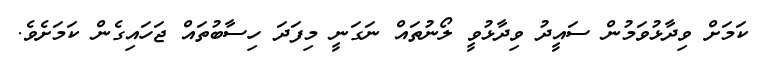
ކަމަށް ވިދާޅުވަމުން ސައީދު ވިދާޅުވީ ލޯނުތައް ނަގަނީ މިފަދަ ހިސާބުތައް ޖަހައިގެން ކަމަށެވެ.